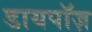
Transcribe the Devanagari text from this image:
डायपॉज़